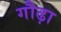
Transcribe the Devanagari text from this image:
गौढ़ा